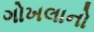
ગોખલાનો